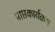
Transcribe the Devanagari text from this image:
प्राप्तकार्यक्रम